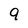
Character: 9